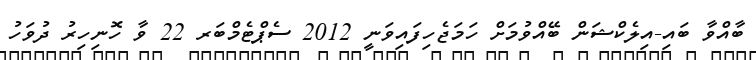
ބާއްވާ ބައި-އިލެކްޝަން ބޭއްވުމަށް ހަމަޖެހިފައިވަނީ 2012 ސެޕްޓެމްބަރ 22 ވާ ހޮނިހިރު ދުވަހު